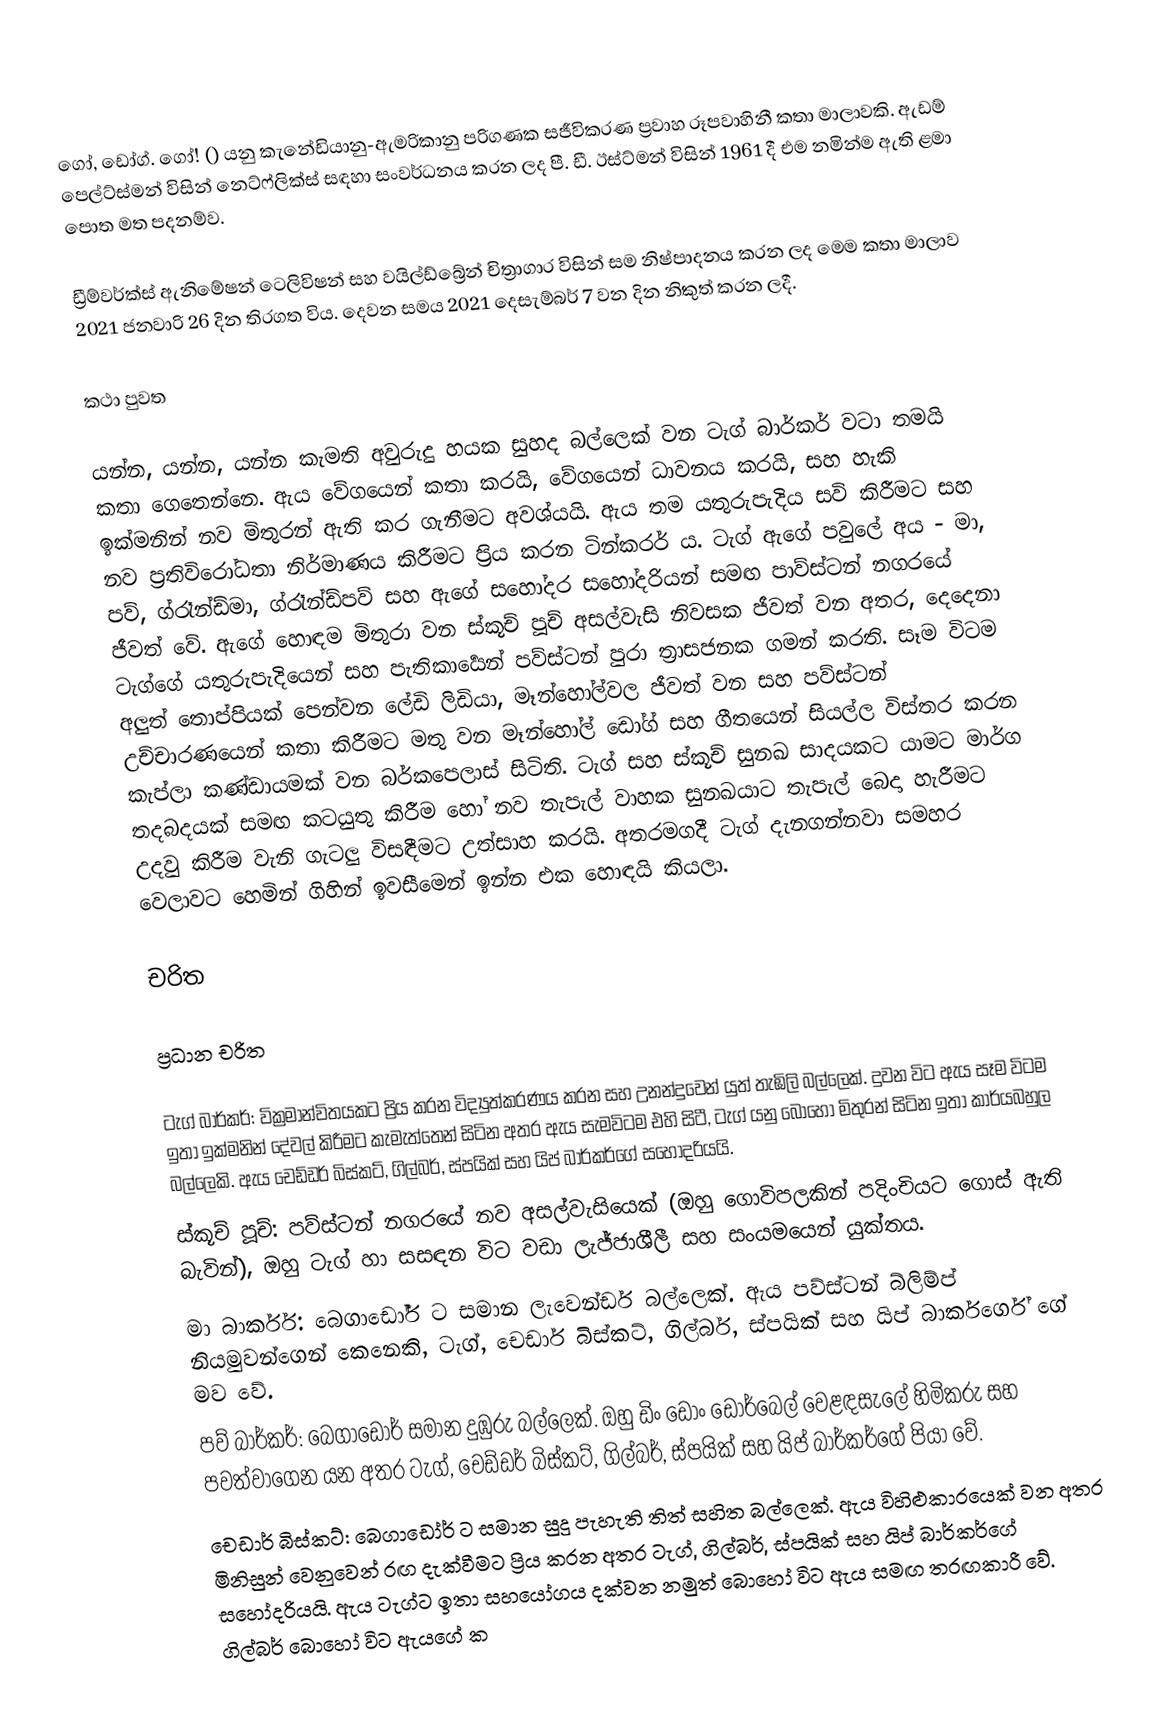
ගෝ, ඩෝග්. ගෝ! () යනු කැනේඩියානු-ඇමරිකානු පරිගණක සජීවිකරණ ප්‍රවාහ රූපවාහිනී කතා මාලාවකි. ඇඩම් පෙල්ට්ස්මන් විසින් නෙට්ෆ්ලික්ස් සඳහා සංවර්ධනය කරන ලද පී. ඩී. ඊස්ට්මන් විසින් 1961 දී එම නමින්ම ඇති ළමා පොත මත පදනම්ව.

ඩ්‍රීම්වර්ක්ස් ඇනිමේෂන් ටෙලිවිෂන් සහ වයිල්ඩ්බ්‍රේන් චිත්‍රාගාර විසින් සම නිෂ්පාදනය කරන ලද මෙම කතා මාලාව 2021 ජනවාරි 26 දින තිරගත විය. දෙවන සමය 2021 දෙසැම්බර් 7 වන දින නිකුත් කරන ලදී.

කථා පුවත

යන්න, යන්න, යන්න කැමති අවුරුදු හයක සුහද බල්ලෙක් වන ටැග් බාර්කර් වටා තමයි කතා ගෙතෙන්නෙ. ඇය වේගයෙන් කතා කරයි, වේගයෙන් ධාවනය කරයි, සහ හැකි ඉක්මනින් නව මිතුරන් ඇති කර ගැනීමට අවශ්යයි. ඇය තම යතුරුපැදිය සවි කිරීමට සහ නව ප්‍රතිවිරෝධතා නිර්මාණය කිරීමට ප්‍රිය කරන ටින්කරර් ය. ටැග් ඇගේ පවුලේ අය - මා, පව්, ග්රෑන්ඩ්මා, ග්රෑන්ඩ්පව් සහ ඇගේ සහෝදර සහෝදරියන් සමඟ පාව්ස්ටන් නගරයේ ජීවත් වේ. ඇගේ හොඳම මිතුරා වන ස්කූච් පූච් අසල්වැසි නිවසක ජීවත් වන අතර, දෙදෙනා ටැග්ගේ යතුරුපැදියෙන් සහ පැතිකාර්‍යෙන් පව්ස්ටන් පුරා ත්‍රාසජනක ගමන් කරති. සෑම විටම අලුත් තොප්පියක් පෙන්වන ලේඩි ලිඩියා, මෑන්හෝල්වල ජීවත් වන සහ පව්ස්ටන් උච්චාරණයෙන් කතා කිරීමට මතු වන මෑන්හෝල් ඩෝග් සහ ගීතයෙන් සියල්ල විස්තර කරන කැප්ලා කණ්ඩායමක් වන බර්කපෙලාස් සිටිති. ටැග් සහ ස්කූච් සුනඛ සාදයකට යාමට මාර්ග තදබදයක් සමඟ කටයුතු කිරීම හෝ නව තැපැල් වාහක සුනඛයාට තැපැල් බෙදා හැරීමට උදවු කිරීම වැනි ගැටලු විසඳීමට උත්සාහ කරයි. අතරමගදී ටැග් දැනගන්නවා සමහර වෙලාවට හෙමින් ගිහින් ඉවසීමෙන් ඉන්න එක හොඳයි කියලා.

චරිත

ප්‍රධාන චරිත

 ටැග් බාර්කර්: වික්‍රමාන්විතයකට ප්‍රිය කරන විද්‍යුත්කරණය කරන සහ උනන්දුවෙන් යුත් තැඹිලි බල්ලෙක්. දුවන විට ඇය සෑම විටම ඉතා ඉක්මනින් දේවල් කිරීමට කැමැත්තෙන් සිටින අතර ඇය සැමවිටම එහි සිටී, ටැග් යනු බොහෝ මිතුරන් සිටින ඉතා කාර්යබහුල බල්ලෙකි. ඇය චෙඩ්ඩර් බිස්කට්, ගිල්බර්, ස්පයික් සහ යිප් බාර්කර්ගේ සහෝදරියයි.
 ස්කූච් පූච්: පව්ස්ටන් නගරයේ නව අසල්වැසියෙක් (ඔහු ගොවිපලකින් පදිංචියට ගොස් ඇති බැවින්), ඔහු ටැග් හා සසඳන විට වඩා ලැජ්ජාශීලී සහ සංයමයෙන් යුක්තය.
 මා බාර්කර්: බෙගාඩෝර් ට සමාන ලැවෙන්ඩර් බල්ලෙක්. ඇය පව්ස්ටන් බ්ලිම්ප් නියමුවන්ගෙන් කෙනෙකි, ටැග්, චෙඩාර් බිස්කට්, ගිල්බර්, ස්පයික් සහ යිප් බාර්කර්ගේ ගේ මව වේ.
 පව් බාර්කර්: බෙගාඩෝර් සමාන දුඹුරු බල්ලෙක්. ඔහු ඩිං ඩොං ඩෝර්බෙල් වෙළඳසැලේ හිමිකරු සහ පවත්වාගෙන යන අතර ටැග්, චෙඩ්ඩර් බිස්කට්, ගිල්බර්, ස්පයික් සහ යිප් බාර්කර්ගේ පියා වේ.
 චෙඩාර් බිස්කට්: බෙගාඩෝර් ට සමාන සුදු පැහැති තිත් සහිත බල්ලෙක්. ඇය විහිළුකාරයෙක් වන අතර මිනිසුන් වෙනුවෙන් රඟ දැක්වීමට ප්‍රිය කරන අතර ටැග්, ගිල්බර්, ස්පයික් සහ යිප් බාර්කර්ගේ සහෝදරියයි. ඇය ටැග්ට ඉතා සහයෝගය දක්වන නමුත් බොහෝ විට ඇය සමඟ තරඟකාරී වේ. ගිල්බර් බොහෝ විට ඇයගේ ක